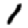
Digit: 1